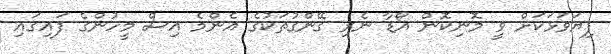
ފިޔަވަޅަކަށް ވީ މޮނިކޮން އޯޑާ ނެރި ގޭންގުތަކުގެ އެންމެ އިސް މީހުންގެ ފައިގައި